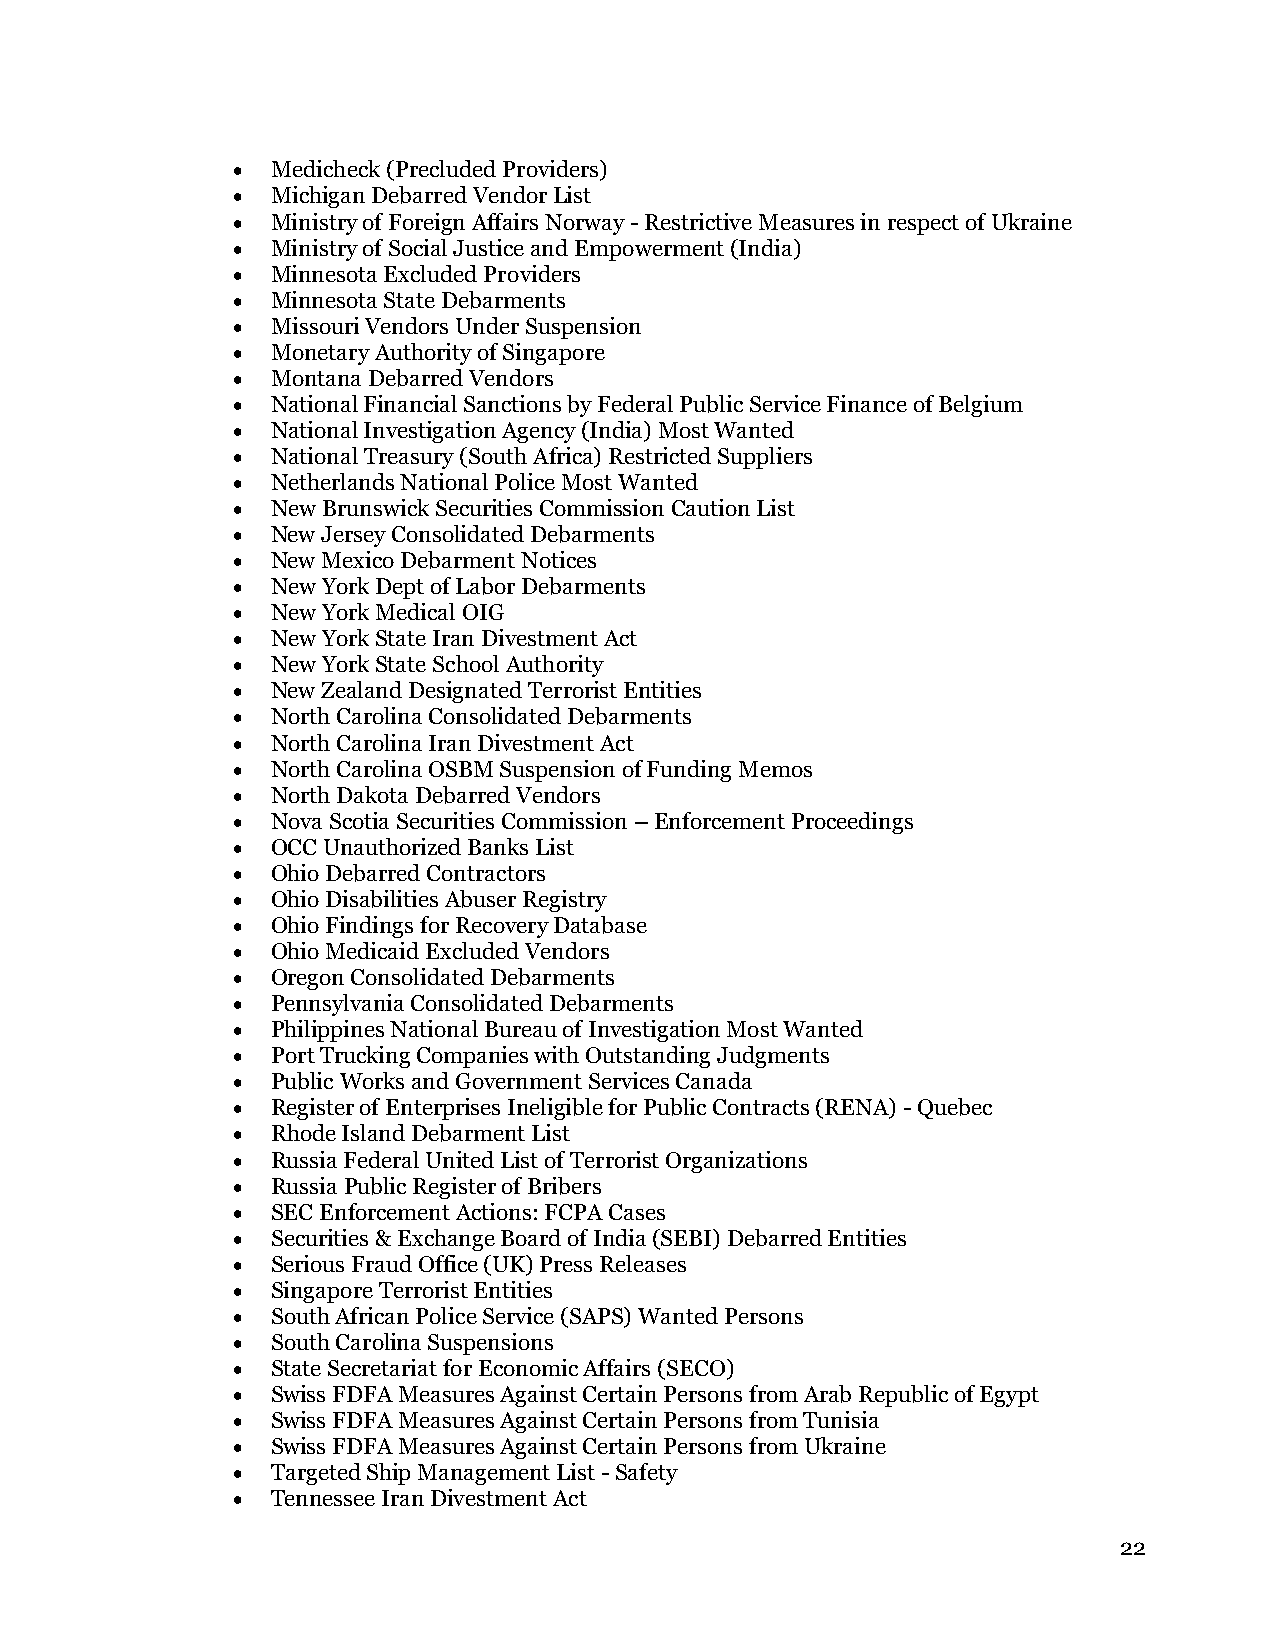
•  Medicheck (Precluded Providers)
 •  Michigan Debarred Vendor List
 •  Ministry of Foreign Affairs Norway - Restrictive Measures in respect of Ukraine
 •  Ministry of Social Justice and Empowerment (India)
 •  Minnesota Excluded Providers
 •  Minnesota State Debarments
 •  Missouri Vendors Under Suspension
 •  Monetary Authority of Singapore
 •  Montana Debarred Vendors
 •  National Financial Sanctions by Federal Public Service Finance of Belgium
 •  National Investigation Agency (India) Most Wanted
 •  National Treasury (South Africa) Restricted Suppliers
 •  Netherlands National Police Most Wanted
 •  New Brunswick Securities Commission Caution List
 •  New Jersey Consolidated Debarments
 •  New Mexico Debarment Notices
 •  New York Dept of Labor Debarments
 •  New York Medical OIG
 •  New York State Iran Divestment Act
 •  New York State School Authority
 •  New Zealand Designated Terrorist Entities
 •  North Carolina Consolidated Debarments
 •  North Carolina Iran Divestment Act
 •  North Carolina OSBM Suspension of Funding Memos
 •  North Dakota Debarred Vendors
 •  Nova Scotia Securities Commission – Enforcement Proceedings
 •  OCC Unauthorized Banks List
 •  Ohio Debarred Contractors
 •  Ohio Disabilities Abuser Registry
 •  Ohio Findings for Recovery Database
 •  Ohio Medicaid Excluded Vendors
 •  Oregon Consolidated Debarments
 •  Pennsylvania Consolidated Debarments
 •  Philippines National Bureau of Investigation Most Wanted
 •  Port Trucking Companies with Outstanding Judgments
 •  Public Works and Government Services Canada
 •  Register of Enterprises Ineligible for Public Contracts (RENA) - Quebec
 •  Rhode Island Debarment List
 •  Russia Federal United List of Terrorist Organizations
 •  Russia Public Register of Bribers
 •  SEC Enforcement Actions: FCPA Cases
 •  Securities & Exchange Board of India (SEBI) Debarred Entities
 •  Serious Fraud Office (UK) Press Releases
 •  Singapore Terrorist Entities
 •  South African Police Service (SAPS) Wanted Persons
 •  South Carolina Suspensions
 •  State Secretariat for Economic Affairs (SECO)
 •  Swiss FDFA Measures Against Certain Persons from Arab Republic of Egypt
 •  Swiss FDFA Measures Against Certain Persons from Tunisia
 •  Swiss FDFA Measures Against Certain Persons from Ukraine
 •  Targeted Ship Management List - Safety
 •  Tennessee Iran Divestment Act
 22